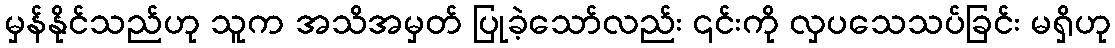
မှန်နိုင်သည်ဟု သူက အသိအမှတ် ပြုခဲ့သော်လည်း ၎င်းကို လှပသေသပ်ခြင်း မရှိဟု